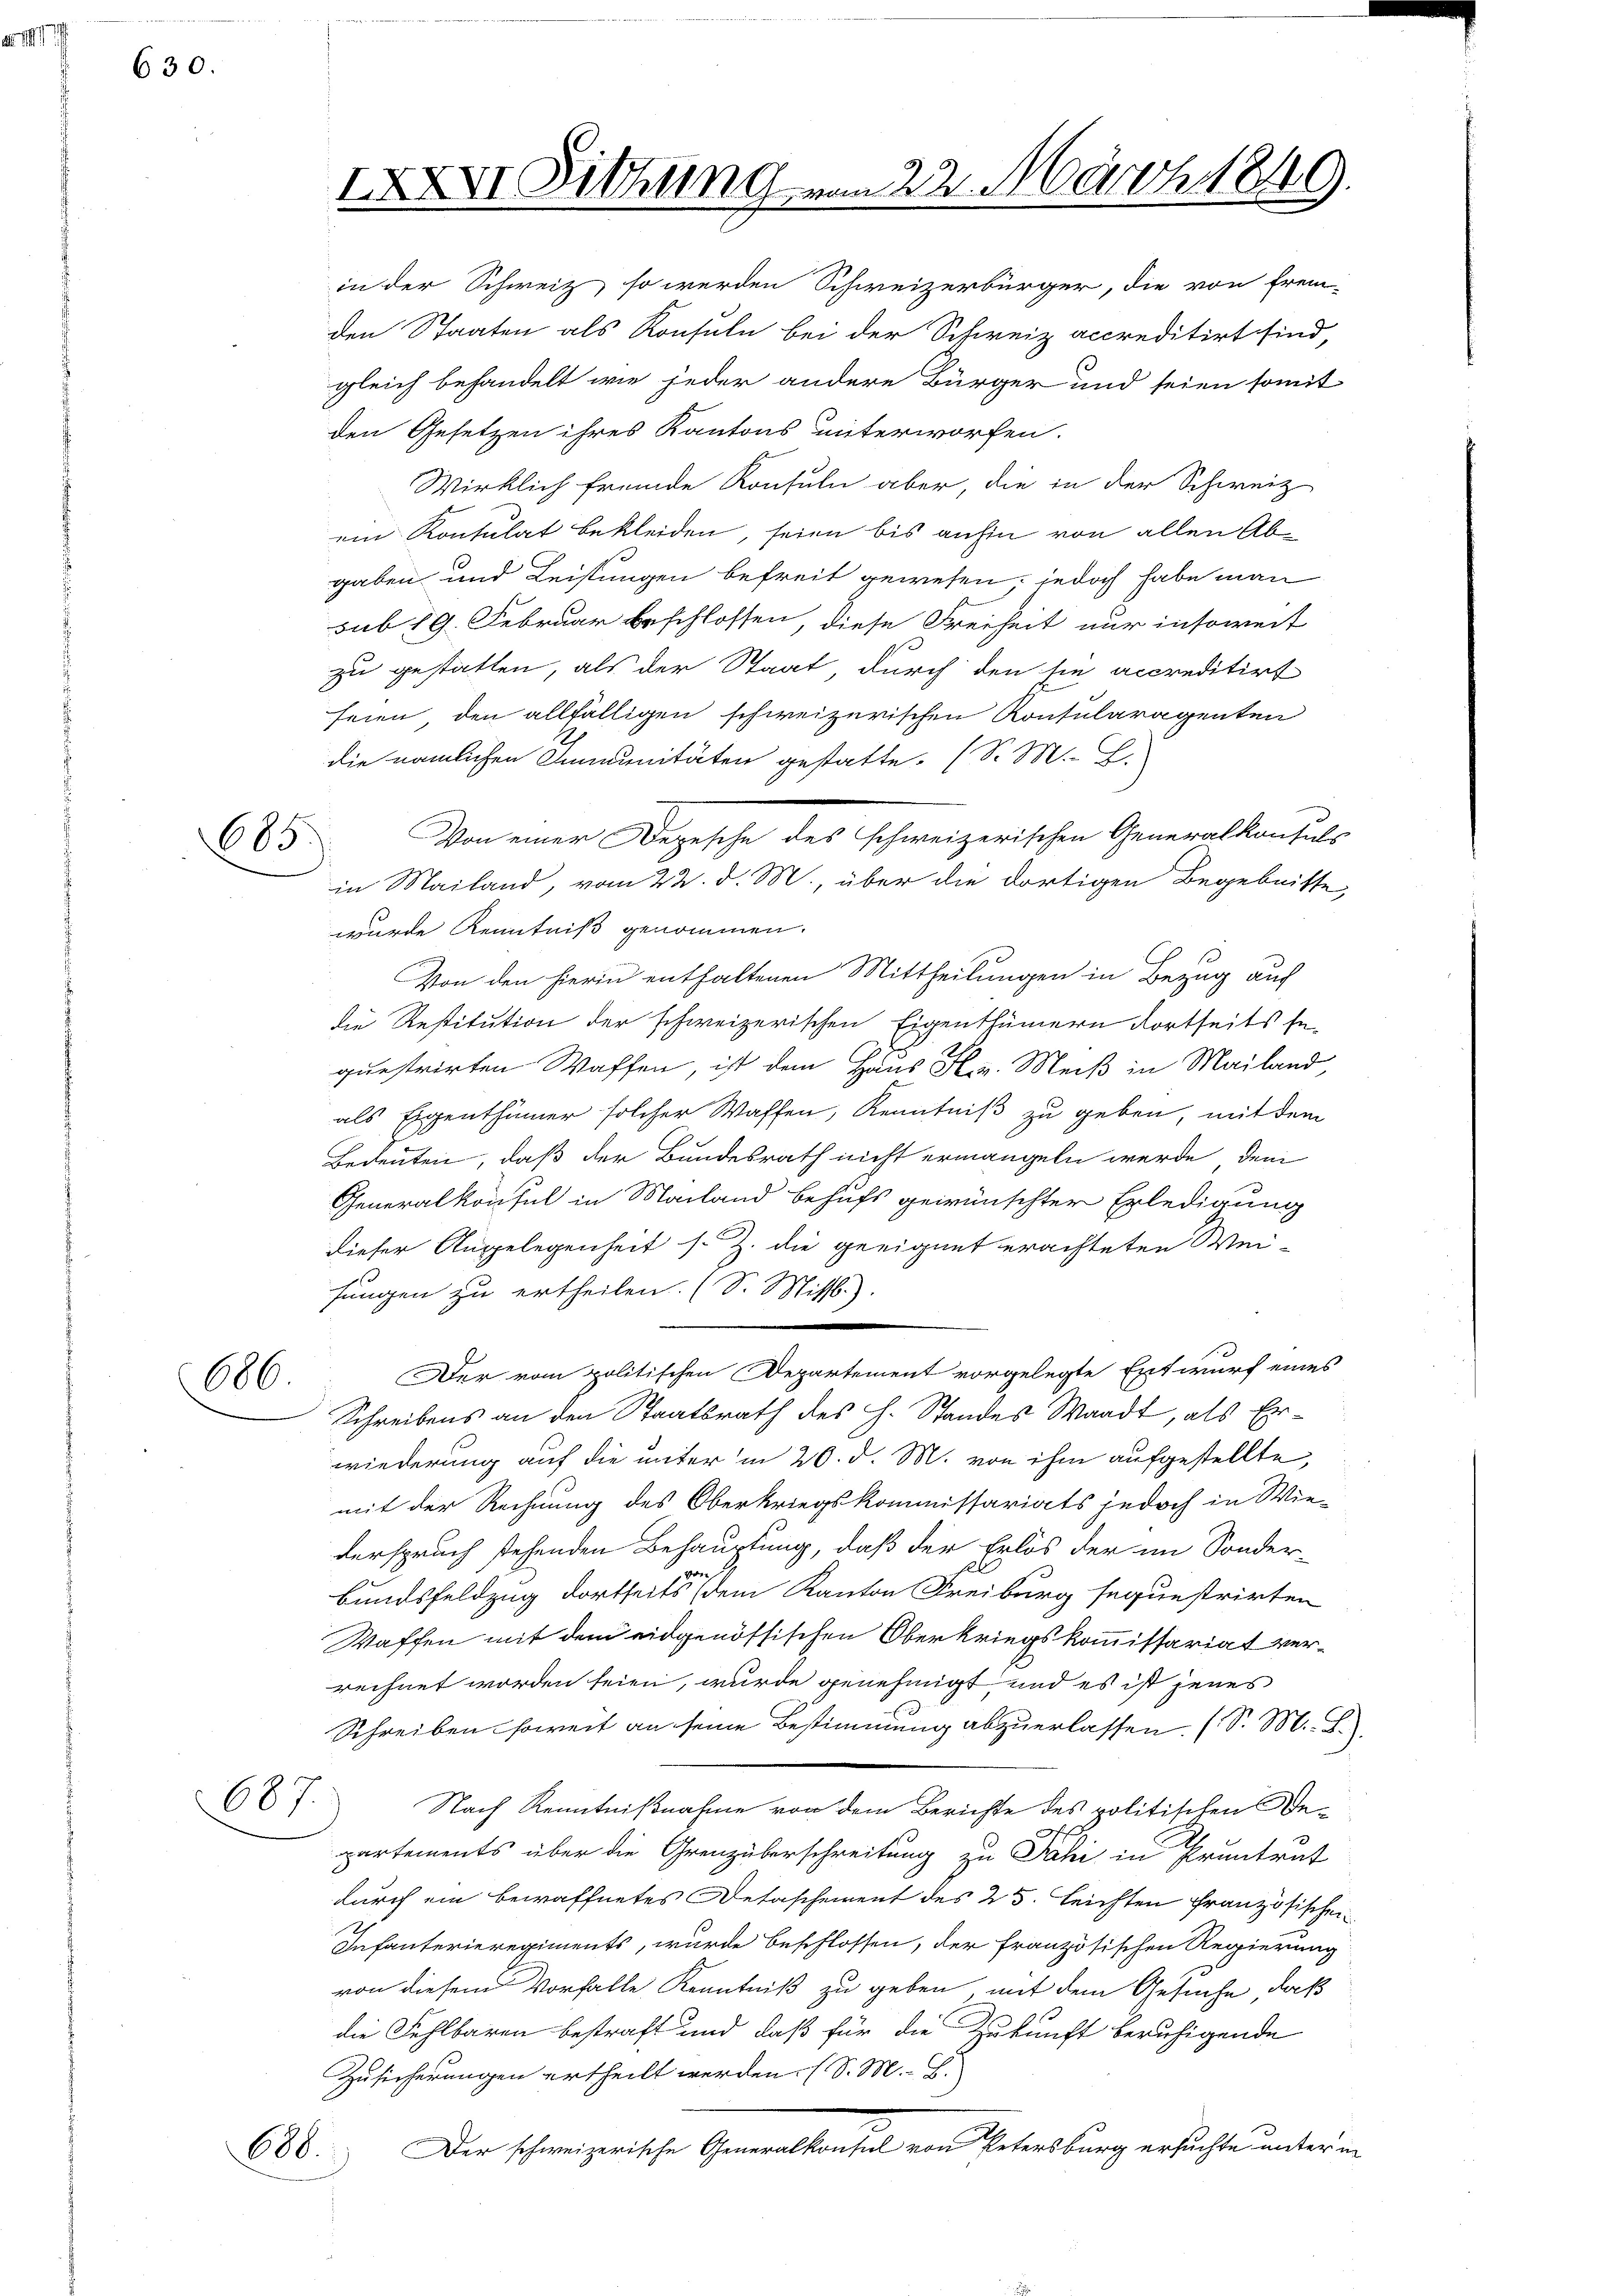
k. I

630.

685.

686

687.

in der Schweiz, so werden Schweizerbürger, die von Frei-
den Staaten als Konsuln bei der Schweiz accreditirt sind,
gleich behandelt wie jeder andere Bürger und seien somit

XXVI Sitzung vom 22. März 1849.

688.

den Gesetzen ihres Kantons unterworfen.
Wirklich fremde Konsuln aber, die in der Schweiz
ein Kontulat bekleiden, seien bis anfin von allen Abgaben und Leistungen befreit gewesen, jedoch habe man
sub 19. Februar beschlossen, diese Freiheit nur insoweit
zu gestatten, als der Staat, durch den sie accreditirt
seien, den allfälligen schweizerischen Konsularagenten
die nämlichen Immunitäten gestatte. (S. M. B.
Von einer Depesche des Schweizerischen Generalkonsuls
in Mailand, vom 22. d. M., über die dortigen Begebnitte,
wurde Kenntniß genommen.
Von den hierin enthaltenen Mittheilungen in Bezug auf
die Restitution der schweizerischen Eigenthümern dortseits se
questrirten Waffen, ist dem Haus Hr. Meiß in Mailand
als Eigenthümer solcher Waffen, Kenntniß zu geben, mit dem
Bedeuten, daß der Bundesrath nicht ermangeln werde, dem
Generalkonsul in Mailand behufs gewünschter Erledigung
dieser Angelegenheit s. Z. die geeignet erachteten Weisungen zu ertheilen. (S. Miss.)
e
Der vom politischen Departement vorgelegte Entwurf eines
Schreibens an den Staatsrath des H. Standes Waadt, als Erwiederung auf die unter in 20. d. M. von ihm aufgestellte,
mit der Rechnung des Oberkriegskommissariats jedoch in Wiederspruch stehenden Behauptung, daß der Erlös der im Sonder-
Bundsfeldzug dortseits dem Kanton Freiburg sequestrirten
Waffen mit dem eidgenössischen Oberkriegskommissariat verrechnet worden seien, wurde genehmigt, und es ist jenes
Schreiben soweit an seine Bestimmung abzuerlassen. (S. M. J.
Nach Kenntnißnahme von dem Berichte des politischen Bepartements über die Grenzüberschreitung zu Pahi in Pruntrat
durch ein bewaffnetes Detaschement des 25. leichten französischen
Infanterieregiments, wurde beschlossen, der Französischen Regierung
von diesem Vorfalle Kenntniß zu geben, mit dem Gesuche, daß
die Fehlbaren bestraft und daß für die Zukunft beruhigende
Zusicherungen ertheilt werden. (S. M. B.
Der schweizerische Generalkonsul von Petersburg ersuchte unter in

.